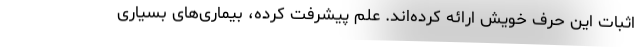
اثبات این حرف خویش ارائه کرده‌اند. علم پیشرفت کرده، بیماری‌های بسیاری